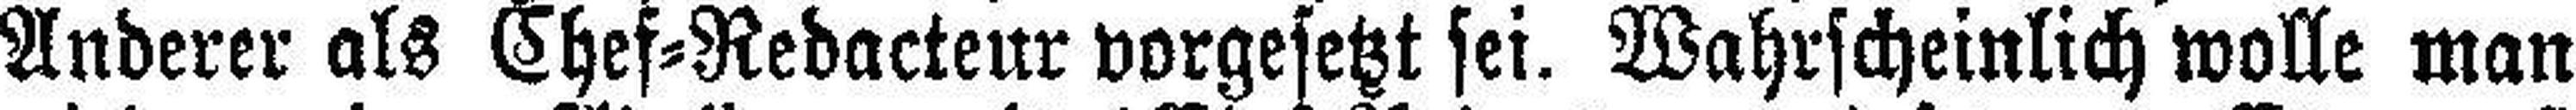
Anderer als Chef=Redacteur vorgesetzt sei. Wahrscheinlich wolle man